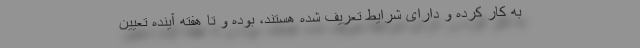
به کار کرده و دارای شرایط تعریف شده هستند، بوده و تا هفته آینده تعیین